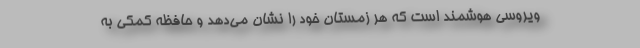
ویروسی هوشمند است که هر زمستان خود را نشان می‌دهد و حافظه کمکی به